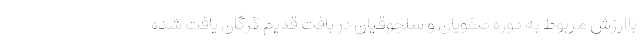
باارزش مربوط به دوره صفویان و سلجوقیان در بافت قدیم گرگان یافت شده